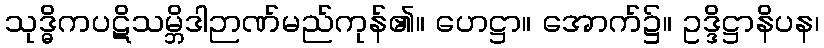
သုဒ္ဓိကပဋိသမ္ဘိဒါဉာဏ်မည်ကုန်၏။ ဟေဋ္ဌာ။ အောက်၌။ ဥဒ္ဒိဋ္ဌာနိပန၊